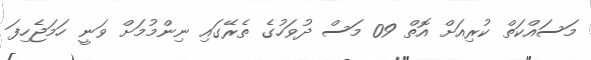
މަަސައްކަތް ކުރިއަށް އޮތް 09 މަސް ދުވަހުގެ ތެރޭގައި ނިންމުމަށް ވަނީ ހަމަަޖެހިފަ